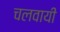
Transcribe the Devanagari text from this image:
चलवायी